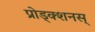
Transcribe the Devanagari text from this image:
प्रोड्क्शनस्